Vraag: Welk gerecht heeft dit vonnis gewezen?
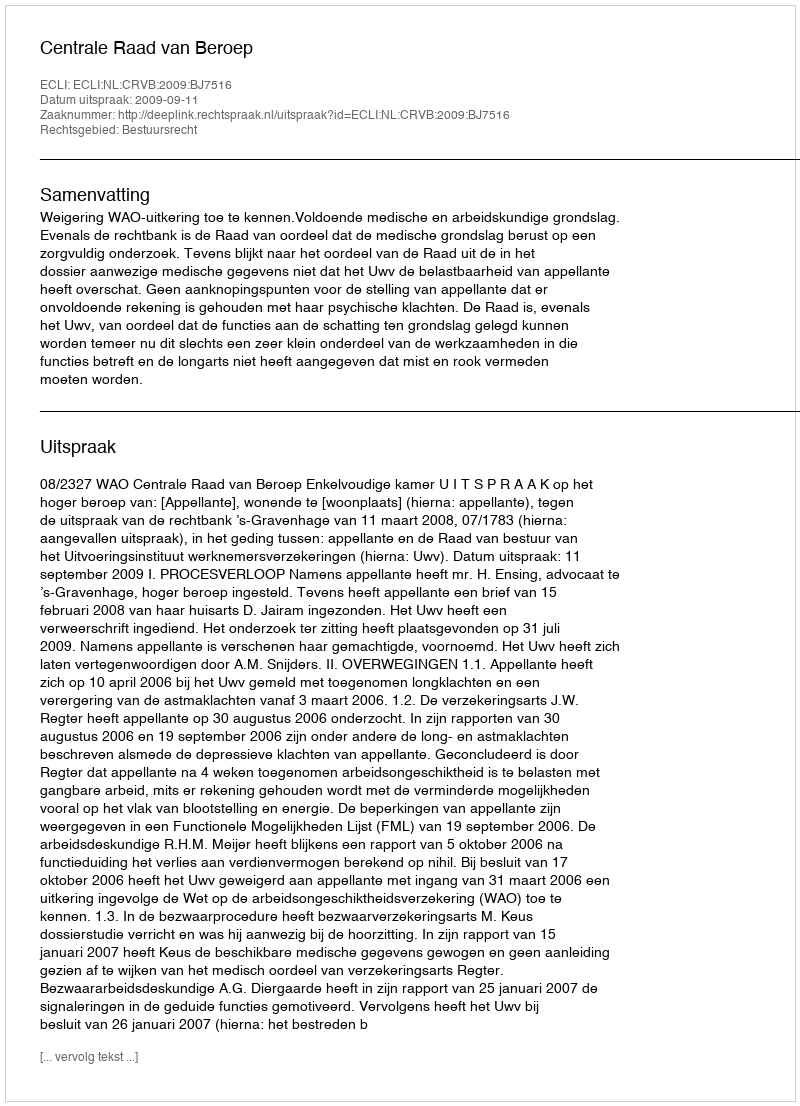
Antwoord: Centrale Raad van Beroep